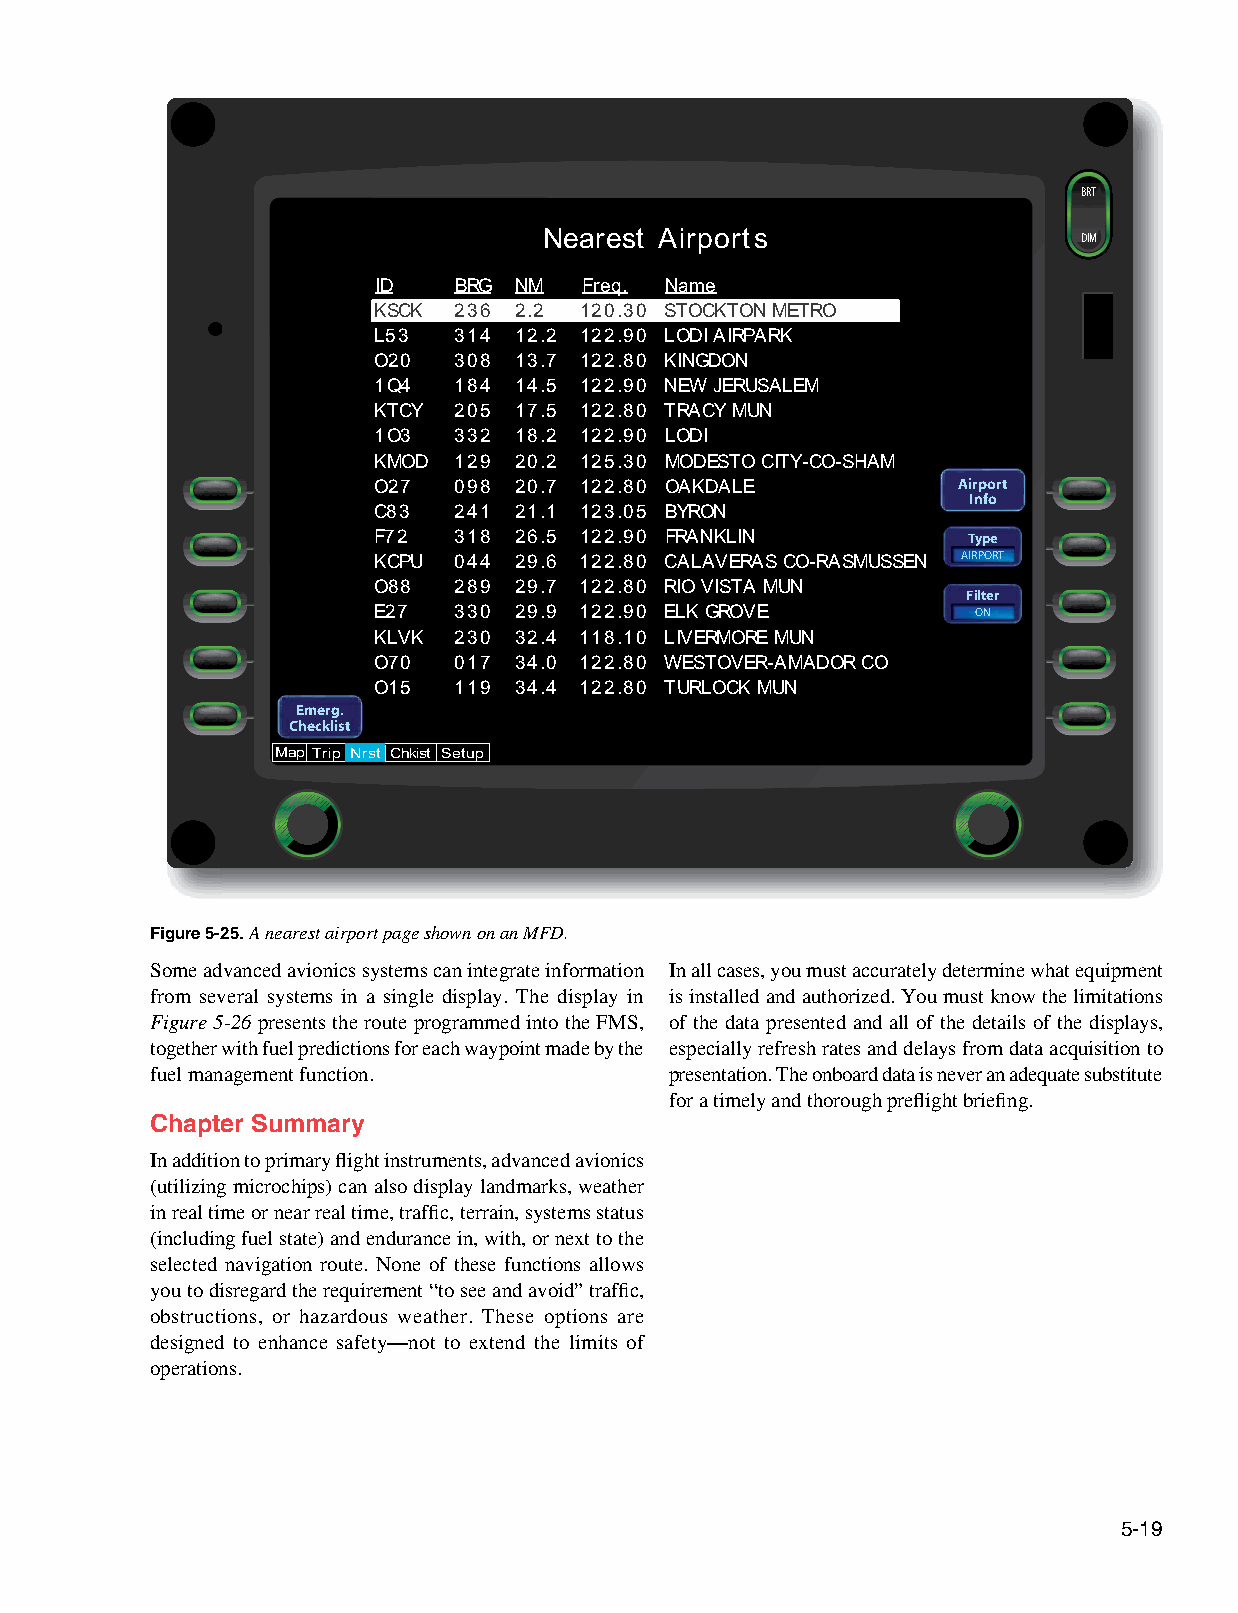
BRT
 Nearest Airports                    DIM
 ID   BRG NM   Freq. Name
 KSCK 236 2.2 120.30 STOCKTON METRO
 L53  314 12.2 122.90 LODI AIRPARK
 O20  308 13.7 122.80 KINGDON
 1Q4  184 14.5 122.90 NEW JERUSALEM
 KTCY 205 17.5 122.80 TRACY MUN
 1O3  332 18.2 122.90 LODI
 KMOD 129 20.2 125.30 MODESTO CITY-CO-SHAM
 O27  098 20.7 122.80 OAKDALE          Airport
 Info
 C83  241 21.1 123.05 BYRON
 F72  318 26.5 122.90 FRANKLIN          Type
 KCPU 044 29.6 122.80 CALAVERAS CO-RASMUSSEN AIRPORT
 O88  289 29.7 122.80 RIO VISTA MUN
 Filter
 E27  330 29.9 122.90 ELK GROVE          ON
 KLVK 230 32.4 118.10 LIVERMORE MUN
 O70  017 34.0 122.80 WESTOVER-AMADOR CO
 O15  119 34.4 122.80 TURLOCK MUN
 Emerg.
 Checklist
 Map Trip Nrst Chkist Setup
 Figure 5-25. A nearest airport page shown on an MFD.
 Some advanced avionics systems can integrate information In all cases, you must accurately determine what equipment
 from several systems in a single display. The display in is installed and authorized. You must know the limitations
 Figure 5-26 presents the route programmed into the FMS, of the data presented and all of the details of the displays,
 together with fuel predictions for each waypoint made by the especially refresh rates and delays from data acquisition to
 fuel management function.         presentation. The onboard data is never an adequate substitute
 for a timely and thorough preflight briefing.
 Chapter Summary
 In addition to primary flight instruments, advanced avionics
 (utilizing microchips) can also display landmarks, weather
 in real time or near real time, traffic, terrain, systems status
 (including fuel state) and endurance in, with, or next to the
 selected navigation route. None of these functions allows
 you to disregard the requirement “to see and avoid” traffic,
 obstructions, or hazardous weather. These options are
 designed to enhance safety—not to extend the limits of
 operations.
 5-19